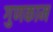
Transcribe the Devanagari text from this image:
गुणकाम